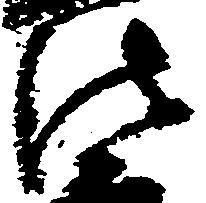
法